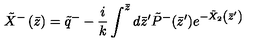
\tilde { X } ^ { - } \left( \bar { z } \right) = \tilde { q } ^ { - } - \frac i k \int ^ { \bar { z } } d \bar { z } ^ { \prime } \tilde { P } ^ { - } ( \bar { z } ^ { \prime } ) e ^ { - \tilde { X } _ { 2 } \left( \bar { z } ^ { \prime } \right) }